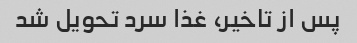
پس از تاخیر، غذا سرد تحویل شد